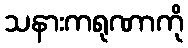
သနားကရုဏာကို